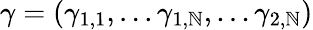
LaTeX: \gamma=(\gamma_{1,1},...\gamma_{1,\mathbb{N}},...\gamma_{2,\mathbb{N}})